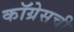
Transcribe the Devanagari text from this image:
कॉग्रेसची